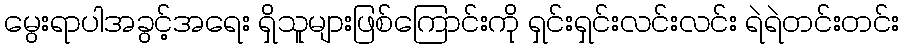
မွေးရာပါအခွင့်အရေး ရှိသူများဖြစ်ကြောင်းကို ရှင်းရှင်းလင်းလင်း ရဲရဲတင်းတင်း